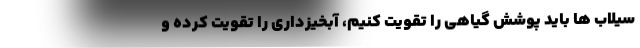
سیلاب ها باید پوشش گیاهی را تقویت کنیم، آبخیزداری را تقویت کرده و